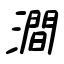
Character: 澗